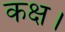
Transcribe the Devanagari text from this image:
कक्ष।